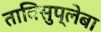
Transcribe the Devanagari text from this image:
ताविसुप्लेबा